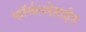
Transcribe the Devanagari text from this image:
फॉर्मलडेहाईड